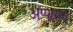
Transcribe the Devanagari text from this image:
अप्पाराव